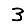
Digit: 3